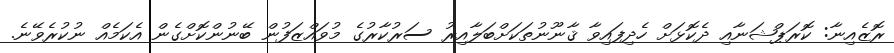
ރޮޒެއިނާ: ކޮރަޕްޝަނާއި ދެކޮޅަށް ހެދިފައިވާ ޤާނޫނުތަކަށްބަލާއިރު ސަރުކާރުގެ މުވައްޒަފުން ބޭނުންކޮށްގެން އެކަމެއް ނުކުރެވޭނެ.